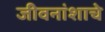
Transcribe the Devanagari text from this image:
जीवनांशाचे